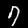
Label: 7